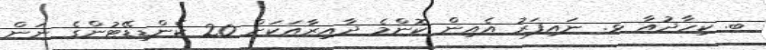
ބ. ކިހާދުއާ ޅ. ނައިފަރު އެއިން ކޮންމެ ދާއިރާއަކަށް 20 ކެންޑިޑޭޓުންގެ ނަން